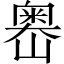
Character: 嶴